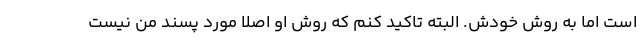
است اما به روش خودش. البته تاکید کنم که روش او اصلا مورد پسند من نیست